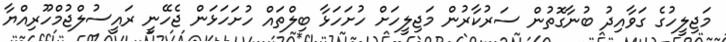
މަޖިލީހުގެ ގަވާއިދު ބުނާގޮތުން ސަރުކާރުން މަޖިލީހަށް ހުށަހަޅާ ބިލްތައް ހުށަހަޅަން ޖެހޭނީ ރައީސުލްޖުމްހޫރިއްޔާ